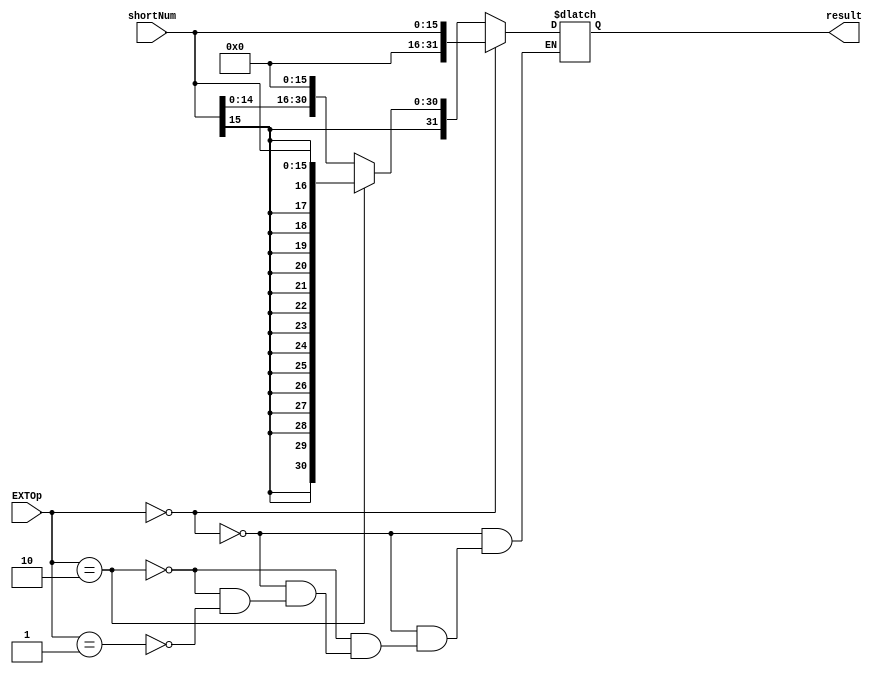
module Extender(
    input [15:0]  shortNum,               //16λλ
    input [1:0]   EXTOp,                  //չʽѡ
    output [31:0] result                  //չ32λ
    );
    reg [31:0] result;
    
    always@(*)
        if(EXTOp == 2'b00)                  //޷չ
            result = {16'b0 , shortNum};
        else if(EXTOp == 2'b10)             //зչ
            result = {{16{shortNum[15]}},shortNum};
        else if(EXTOp == 2'b01)            //߷λչ
            result = {shortNum,16'b0};
endmodule